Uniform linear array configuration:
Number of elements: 64
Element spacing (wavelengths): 0.5
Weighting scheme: cosine
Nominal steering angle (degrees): -15
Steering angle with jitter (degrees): -13.735
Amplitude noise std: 0.05
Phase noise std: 0.05

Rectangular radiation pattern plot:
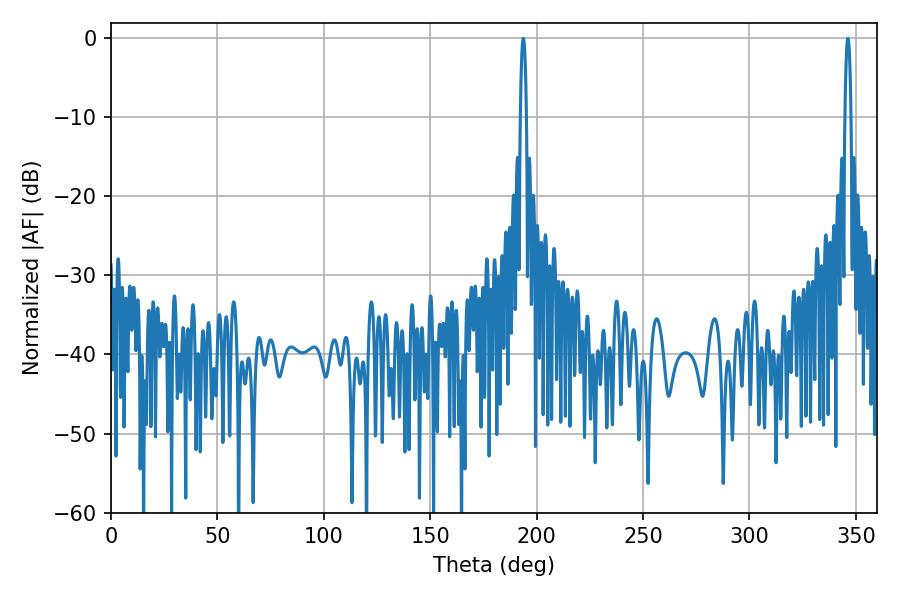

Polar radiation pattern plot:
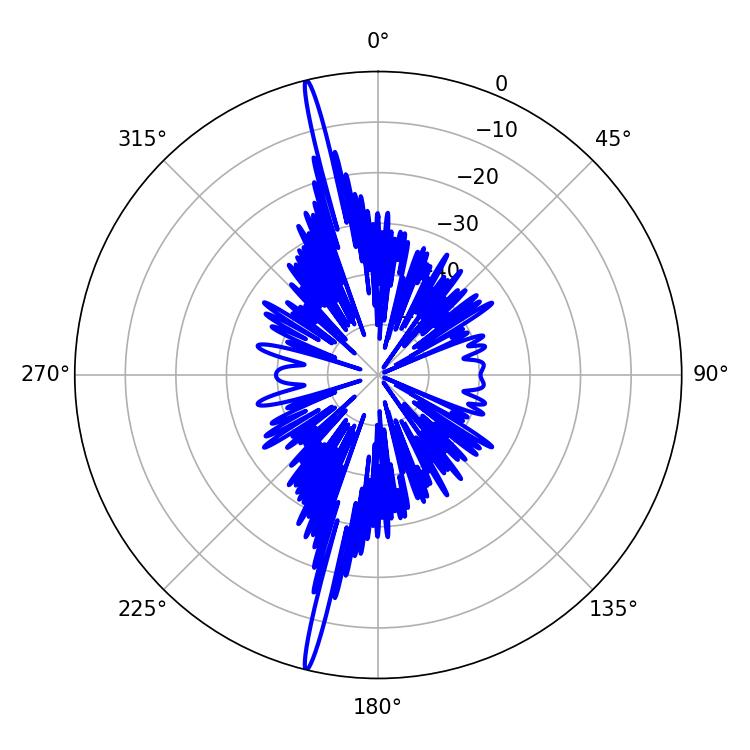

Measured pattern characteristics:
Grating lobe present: FALSE
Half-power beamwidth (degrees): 1.62
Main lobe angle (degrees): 193.68